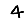
Digit: 4